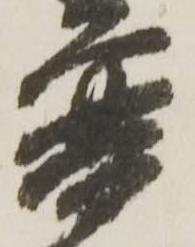
普